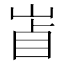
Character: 𡷚